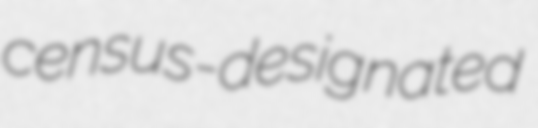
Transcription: census-designated